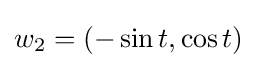
w_{2}=(-\sin t,\cos t)